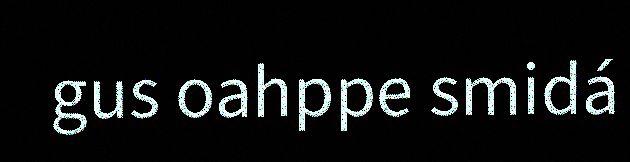
gus oahppe smidá